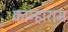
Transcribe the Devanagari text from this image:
कान्हाराम